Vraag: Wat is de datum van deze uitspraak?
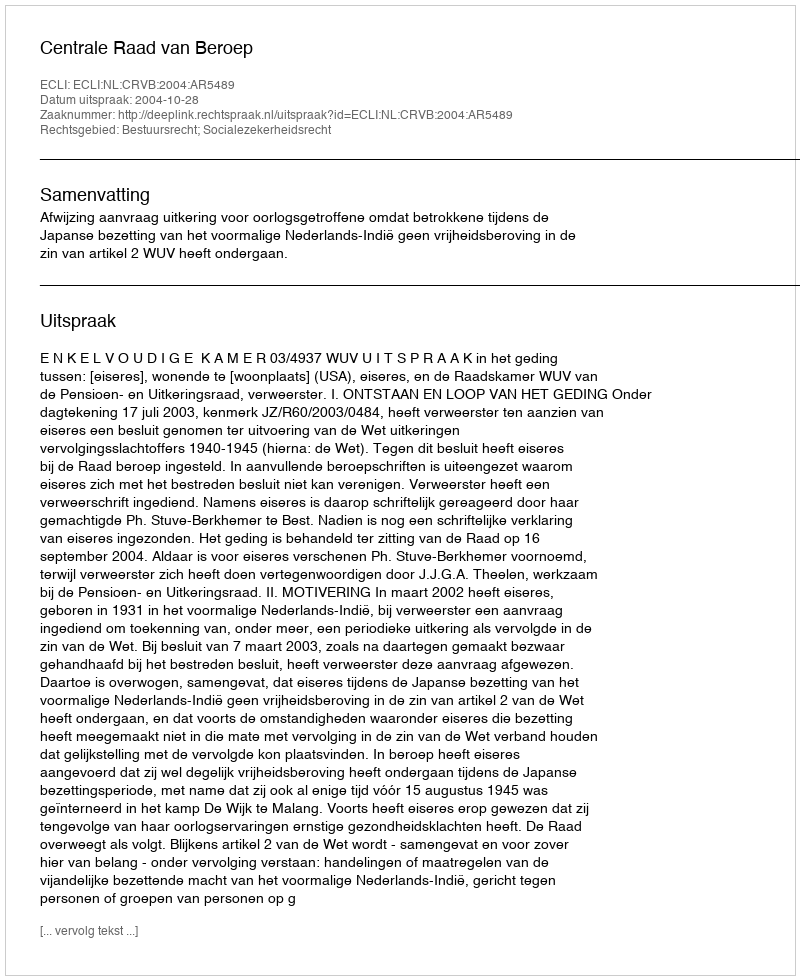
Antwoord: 2004-10-28